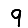
Digit: 9